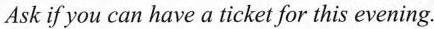
Ask if you can have a ticket for this evening.